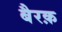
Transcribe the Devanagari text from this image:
बैरक़